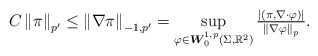
\begin{align*}C\left\|\pi\right\|_{p'}\leq \left\|\nabla \pi\right\|_{-1,p'}=\sup_{\varphi\in \boldsymbol W^{1,p}_0(\Sigma,\mathbb{R}^2)}\tfrac{\left|\left(\pi,\nabla \cdot \varphi\right)\right|}{\left\|\nabla \varphi\right\|_p}.\end{align*}